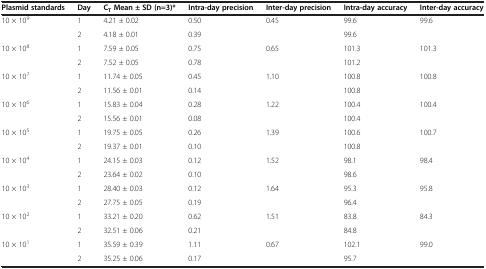
| Plasmid standards | Day | CTMean ± SD (n=3)* | Intra-day precision | Inter-day precision | Intra-day accuracy | Inter-day accuracy |
 | --- | --- | --- | --- | --- | --- | --- |
 | <ROWSPAN=2> 10 × 109 | 1 | 4.21 ± 0.02 | 0.50 | 0.45 | 99.6 | 99.6 |
 | 2 | 4.18 ± 0.01 | 0.39 |  | 99.6 |  |
 | <ROWSPAN=2> 10 × 108 | 1 | 7.59 ± 0.05 | 0.75 | 0.65 | 101.3 | 101.3 |
 | 2 | 7.52 ± 0.05 | 0.78 |  | 101.2 |  |
 | <ROWSPAN=2> 10 × 107 | 1 | 11.74 ± 0.05 | 0.45 | 1.10 | 100.8 | 100.8 |
 | 2 | 11.56 ± 0.01 | 0.14 |  | 100.8 |  |
 | <ROWSPAN=2> 10 × 106 | 1 | 15.83 ± 0.04 | 0.28 | 1.22 | 100.4 | 100.4 |
 | 2 | 15.56 ± 0.01 | 0.08 |  | 100.4 |  |
 | <ROWSPAN=2> 10 × 105 | 1 | 19.75 ± 0.05 | 0.26 | 1.39 | 100.6 | 100.7 |
 | 2 | 19.37 ± 0.01 | 0.10 |  | 100.8 |  |
 | <ROWSPAN=2> 10 × 104 | 1 | 24.15 ± 0.03 | 0.12 | 1.52 | 98.1 | 98.4 |
 | 2 | 23.64 ± 0.02 | 0.10 |  | 98.6 |  |
 | <ROWSPAN=2> 10 × 103 | 1 | 28.40 ± 0.03 | 0.12 | 1.64 | 95.3 | 95.8 |
 | 2 | 27.75 ± 0.05 | 0.19 |  | 96.4 |  |
 | <ROWSPAN=2> 10 × 102 | 1 | 33.21 ± 0.20 | 0.62 | 1.51 | 83.8 | 84.3 |
 | 2 | 32.51 ± 0.06 | 0.21 |  | 84.8 |  |
 | 10 × 101 | 1 | 35.59 ± 0.39 | 1.11 | 0.67 | 102.1 | 99.0 |
 |  | 2 | 35.25 ± 0.06 | 0.17 |  | 95.7 |  |